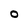
Character: O